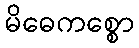
မိဓေကစ္စော